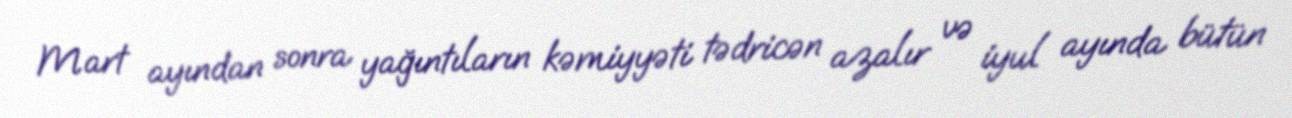
Mart ayından sonra yağıntıların kəmiyyəti tədricən azalır və iyul ayında bütün